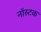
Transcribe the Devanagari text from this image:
नॉस्टक